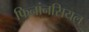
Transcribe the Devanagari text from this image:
फिनांनसियल